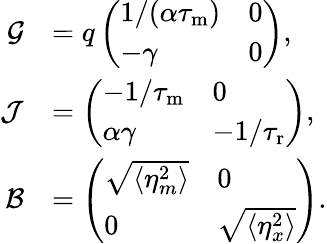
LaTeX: \begin{array}{rl}{\mathcal{G}}&{=q\left(\begin{array}{ll}{1/(\alpha{\tau_{\mathrm{m}}})}&{0}\\ {-\gamma}&{0}\end{array}\right),}\\ {\mathcal{J}}&{=\left(\begin{array}{ll}{-1/{\tau_{\mathrm{m}}}}&{0}\\ {\alpha\gamma}&{-1/{\tau_{\mathrm{r}}}}\end{array}\right),}\\ {\mathcal{B}}&{=\left(\begin{array}{ll}{\sqrt{\langle\eta_{m}^{2}\rangle}}&{0}\\ {0}&{\sqrt{\langle\eta_{x}^{2}\rangle}}\end{array}\right).}\end{array}